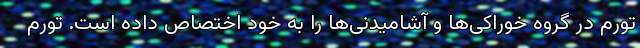
تورم در گروه خوراکی‌ها و آشامیدنی‌ها را به خود اختصاص داده است. تورم